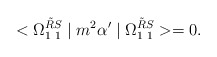
\begin{align*}<\Omega_{1\hspace*{1mm}1}^{\tilde{R}S}\mid m^2\alpha'\mid\Omega_{1\hspace*{1mm}1}^{\tilde{R}S}>=0.\end{align*}